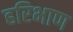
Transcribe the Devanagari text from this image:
हरिभाण